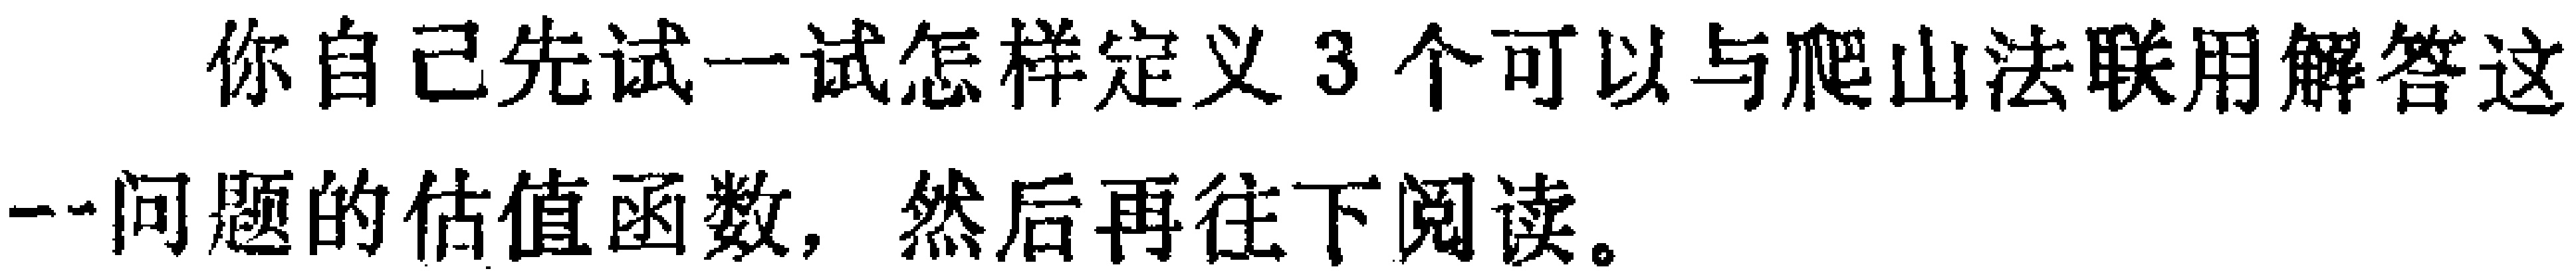
你自己先试一试怎样定义 3 个可以与爬山法联用解答这一问题的估值函数，然后再往下阅读。